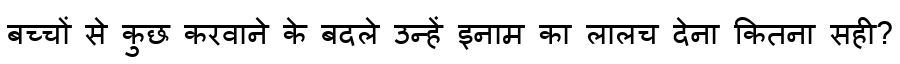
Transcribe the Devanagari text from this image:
बच्चों से कुछ करवाने के बदले उन्हें इनाम का लालच देना कितना सही?